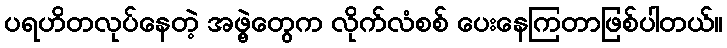
ပရဟိတလုပ်နေတဲ့ အဖွဲ့တွေက လိုက်လံစစ် ပေးနေကြတာဖြစ်ပါတယ်။